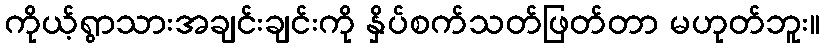
ကိုယ့်ရွာသားအချင်းချင်းကို နှိပ်စက်သတ်ဖြတ်တာ မဟုတ်ဘူး။